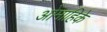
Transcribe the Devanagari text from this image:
ओमाहिके